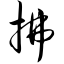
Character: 拂